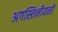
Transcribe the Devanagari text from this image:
अगस्तिनीयनों